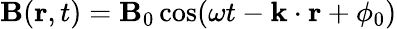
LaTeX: \mathbf{B}(\mathbf{r},t)=\mathbf{B}_{0}\cos(\omega t-\mathbf{k}\cdot\mathbf{r}+\phi_{0})